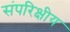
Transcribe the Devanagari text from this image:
संपरिक्षीय